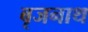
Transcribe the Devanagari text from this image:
बृजनाथ